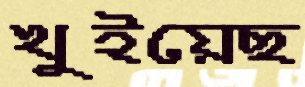
খুইয়েছ